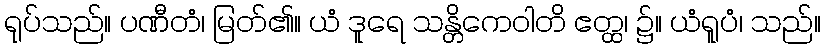
ရုပ်သည်။ ပဏီတံ၊ မြတ်၏။ ယံ ဒူရေ သန္တိကေဝါတိ ဧတ္ထ၊ ၌။ ယံရူပံ၊ သည်။